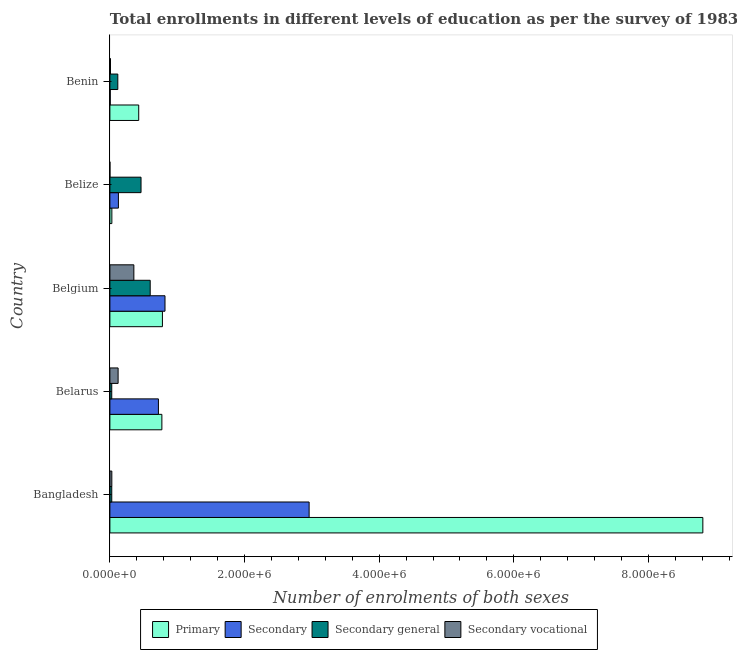
| Country | Primary | Secondary | Secondary general | Secondary vocational |
 | --- | --- | --- | --- | --- |
 | Bangladesh | 8.81e+06 | 2.96e+06 | 2.78e+04 | 2.87e+04 |
 | Belarus | 7.72e+05 | 7.21e+05 | 2.76e+04 | 1.22e+05 |
 | Belgium | 7.8e+05 | 8.19e+05 | 5.99e+05 | 3.56e+05 |
 | Belize | 2.91e+04 | 1.26e+05 | 4.62e+05 | 190 |
 | Benin | 4.28e+05 | 5.3e+03 | 1.18e+05 | 8.76e+03 |